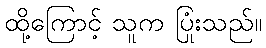
ထို့ကြောင့် သူက ပြုံးသည်။